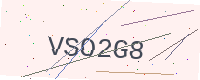
Text: VSO2G8